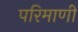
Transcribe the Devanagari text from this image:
परिमाणी